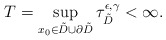
\begin{align*}T = \sup_{x_0 \in \tilde{D} \cup \partial \tilde{D}} \tau_{\tilde{D}}^{\epsilon,\gamma} < \infty. \end{align*}